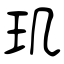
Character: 玑